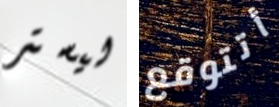
ليستر أتتوقع